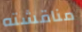
مناقشته